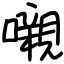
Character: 嚫